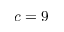
c = 9